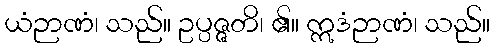
ယံဉာဏံ၊ သည်။ ဥပ္ပဇ္ဇတိ၊ ၏။ ဣဒံဉာဏံ၊ သည်။